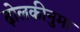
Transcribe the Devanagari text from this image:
ढ़ोलकीनुमा